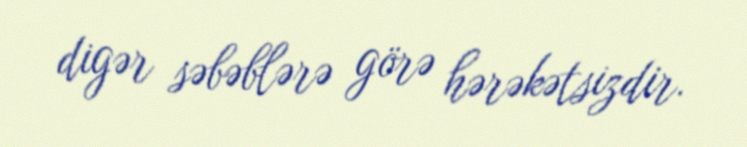
digər səbəblərə görə hərəkətsizdir.